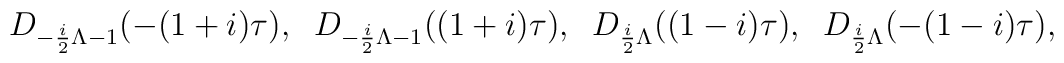
D_{-\frac{i}{2}\Lambda -1}(-(1+i) \tau),\; \;D_{-\frac{i}{2}\Lambda -1}((1+i) \tau),\; \;D_{\frac{i}{2}\Lambda}((1-i) \tau),\; \;D_{\frac{i}{2}\Lambda }(-(1-i) \tau),